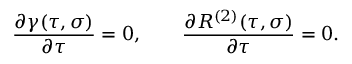
{ \frac { \partial \gamma ( \tau , \sigma ) } { \partial \tau } } = 0 , \qquad { \frac { \partial R ^ { ( 2 ) } ( \tau , \sigma ) } { \partial \tau } } = 0 { . }